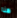
هنا